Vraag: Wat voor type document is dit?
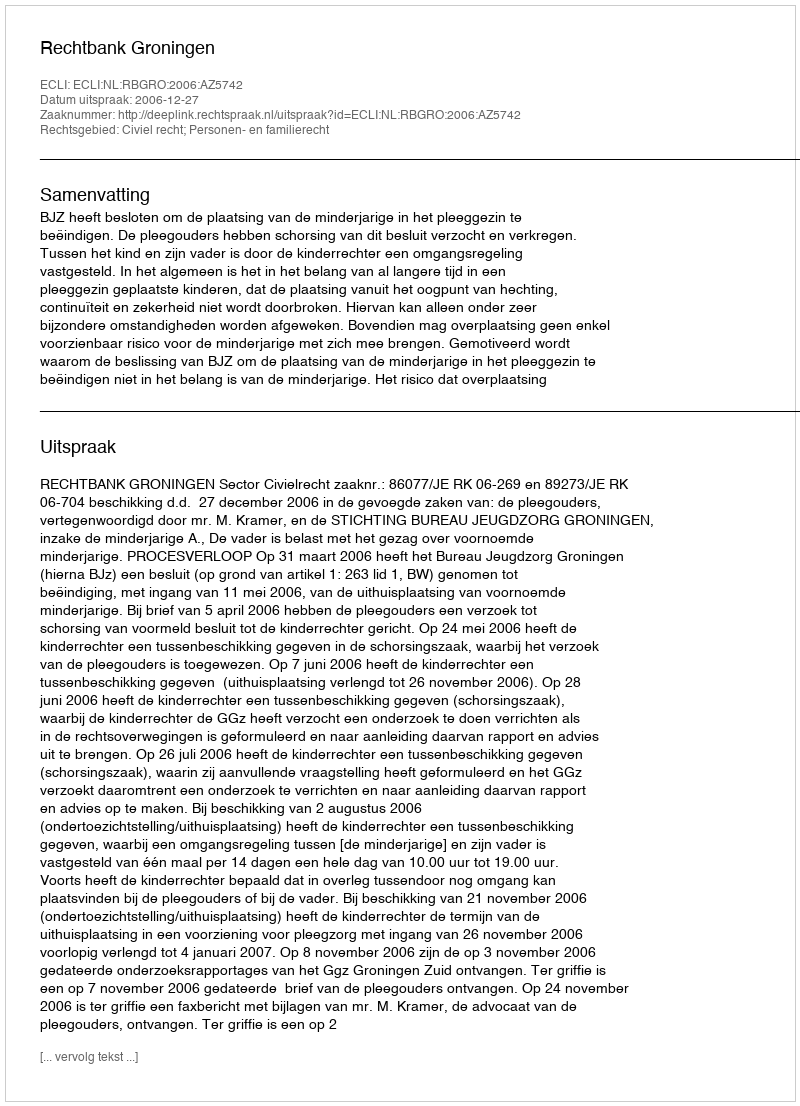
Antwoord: Uitspraak